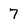
Character: 7